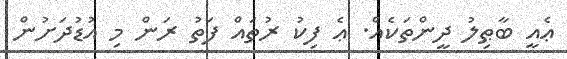
ޢެއީ ބާޠިލު ދީންތަކެއް. ޢެ ފިކު ރުތައް ފަތު ރަން މި އުޑުދަށުން